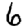
Digit: 6